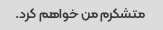
متشکرم من خواهم کرد.